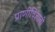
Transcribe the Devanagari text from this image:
प्राणीविज्ञानी